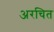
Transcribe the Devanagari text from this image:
अरचित